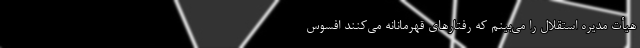
هیأت مدیره استقلال را می‌بینم که رفتارهای قهرمانانه می‌کنند افسوس